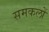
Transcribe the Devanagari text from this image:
समकलों